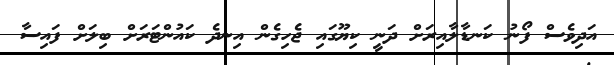
އަދިވެސް ފޯނު ކަނޑާލާއިރަށް ދަނީ ކިޔޫގައި ޖެހިގެން އިނދެ ކައުންޓަރަށް ބިލަށް ފައިސާ